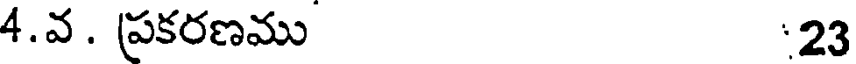
4.వ. ప్రకరణము 23